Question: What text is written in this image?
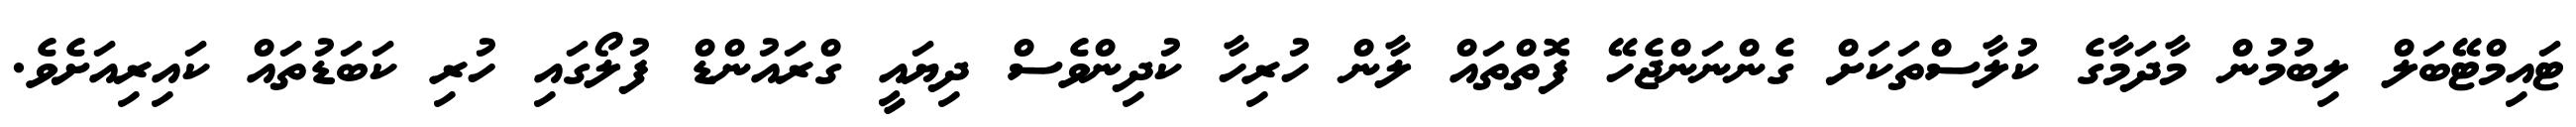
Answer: ޓައިމްޓޭބަލް ލިބުމުން މާދަމާގެ ކުލާސްތަކަށް ގެންނަންޖެހޭ ފޮތްތައް ލާން ހުރިހާ ކުދިންވެސް ދިޔައީ ގްރައުންޑް ފުލޯގައި ހުރި ކަބަޑުތައް ކައިރިއަށެވެ.